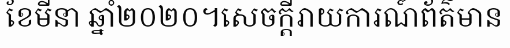
ខែមីនា ឆ្នាំ២០២០។សេចក្តីរាយការណ៍ព័ត៌មាន